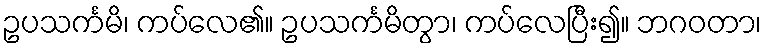
ဥပသင်္ကမိ၊ ကပ်လေ၏။ ဥပသင်္ကမိတွာ၊ ကပ်လေပြီး၍။ ဘဂဝတာ၊